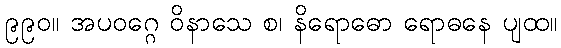
၉၉၀။ အပဝဂ္ဂေ ဝိနာသေ စ၊ နိရောဓော ရောဓနေ ပျထ။